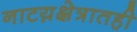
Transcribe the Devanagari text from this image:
नाटय़क्षेत्रातही